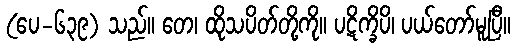
(ပေ-၆၃၉) သည်။ တေ၊ ထိုသပိတ်တို့ကို။ ပဋိက္ခိပိ၊ ပယ်တော်မူပြီ။